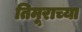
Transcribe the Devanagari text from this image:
तिमूराच्या